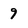
Character: 9